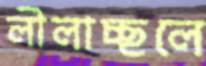
লীলাচ্ছলে